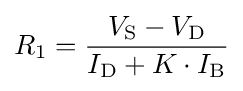
R_{\text{1}}={\frac {V_{\text{S}}-V_{\text{D}}}{I_{\text{D}}+K\cdot I_{\text{B}}}}